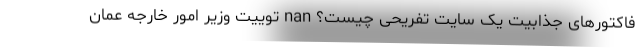
فاکتورهای جذابیت یک سایت تفریحی چیست؟ nan توییت وزیر امور خارجه عمان